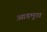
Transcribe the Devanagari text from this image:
आडमुठा